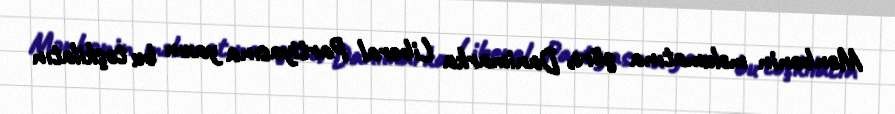
Mənbənin məlumatına görə, Danimarka Liberal Partiyasına yaxın bu təşkilatın